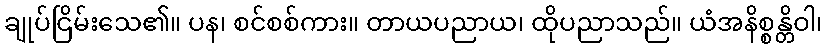
ချုပ်ငြိမ်းသေ၏။ ပန၊ စင်စစ်ကား။ တာယပညာယ၊ ထိုပညာသည်။ ယံအနိစ္စန္တိဝါ၊